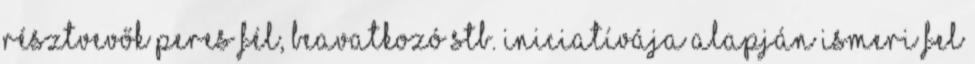
résztvevők peres fél, beavatkozó stb. iniciatívája alapján ismeri fel